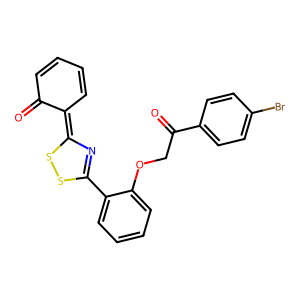
SMILES: O=C1C=CC=CC1=C1N=C(c2ccccc2OCC(=O)c2ccc(Br)cc2)SS1
Inhibits HIV replication: No